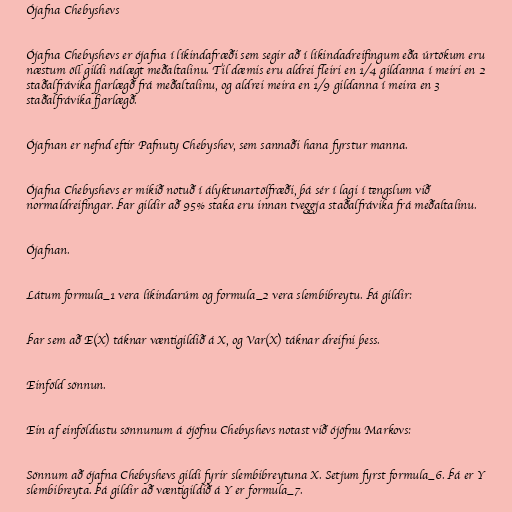
Ójafna Chebyshevs

Ójafna Chebyshevs er ójafna í líkindafræði sem segir að í líkindadreifingum eða úrtökum eru
næstum öll gildi nálægt meðaltalinu. Til dæmis eru aldrei fleiri en 1/4 gildanna í meiri en 2
staðalfrávika fjarlægð frá meðaltalinu, og aldrei meira en 1/9 gildanna í meira en 3
staðalfrávika fjarlægð.

Ójafnan er nefnd eftir Pafnuty Chebyshev, sem sannaði hana fyrstur manna.

Ójafna Chebyshevs er mikið notuð í ályktunartölfræði, þá sér í lagi í tengslum við
normaldreifingar. Þar gildir að 95% staka eru innan tveggja staðalfrávika frá meðaltalinu.

Ójafnan.

Látum formula_1 vera líkindarúm og formula_2 vera slembibreytu. Þá gildir:

Þar sem að E(X) táknar væntigildið á X, og Var(X) táknar dreifni þess.

Einföld sönnun.

Ein af einföldustu sönnunum á ójöfnu Chebyshevs notast við ójöfnu Markovs:

Sönnum að ójafna Chebyshevs gildi fyrir slembibreytuna X. Setjum fyrst formula_6. Þá er Y
slembibreyta. Þá gildir að væntigildið á Y er formula_7.